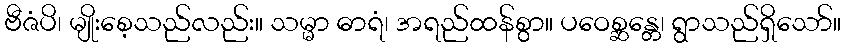
ဗီဇံပိ၊ မျိုးစေ့သည်လည်း။ သမ္မာ ဓာရံ၊ အရည်ထန်စွာ။ ပဝေစ္ဆန္တေ၊ ရွာသည်ရှိသော်။